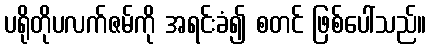
ပရိုတိုပလက်ဇမ်ကို အရင်းခံ၍ စတင် ဖြစ်ပေါ်သည်။